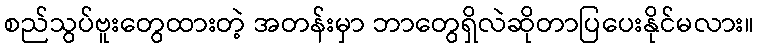
စည်သွပ်ဗူးတွေထားတဲ့ အတန်းမှာ ဘာတွေရှိလဲဆိုတာပြပေးနိုင်မလား။